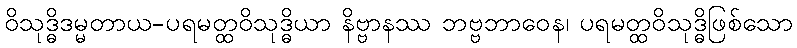
ဝိသုဒ္ဓိဒမ္မတာယ-ပရမတ္ထဝိသုဒ္ဓိယာ နိဗ္ဗာနဿ ဘဗ္ဗဘာဝေန၊ ပရမတ္ထဝိသုဒ္ဓိဖြစ်သော